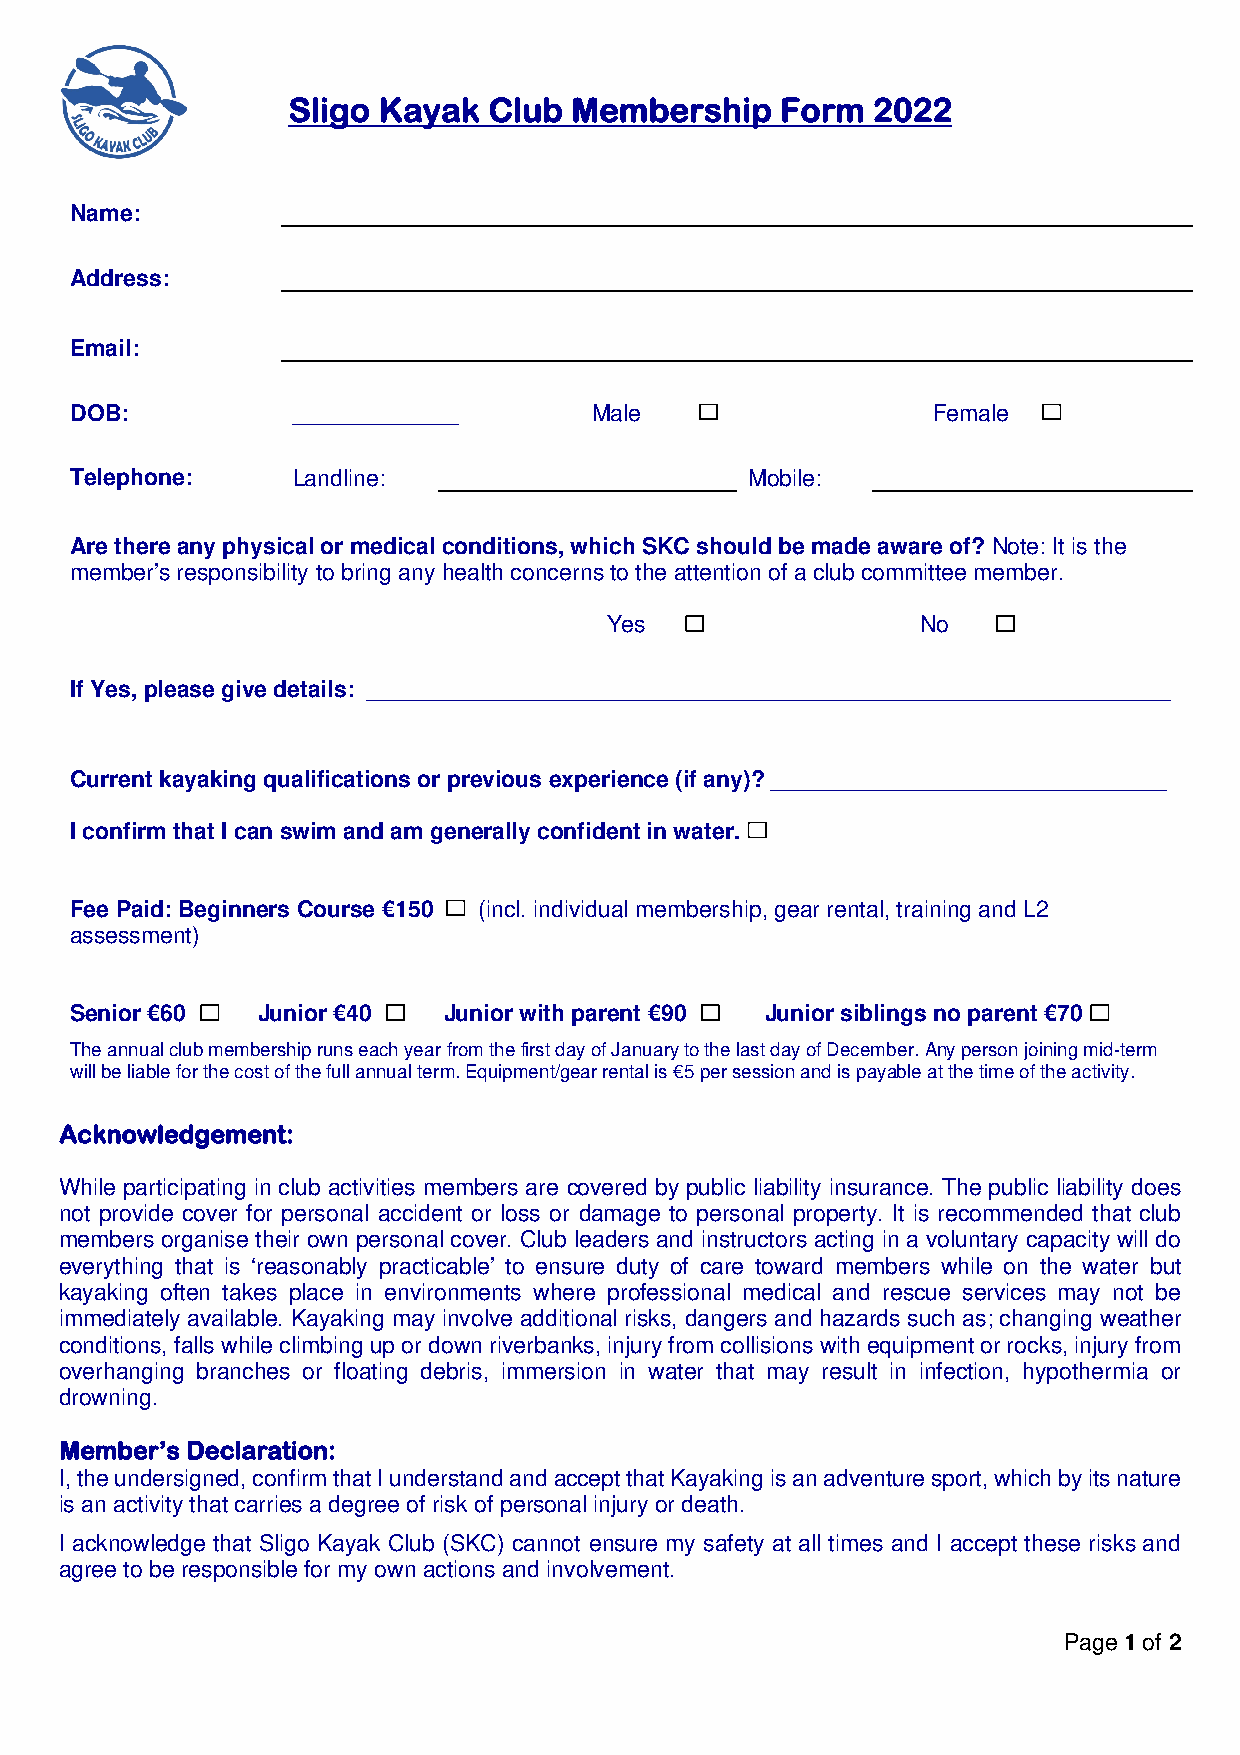
Sligo Kayak  Club  Membership    Form  2022
 Name:
 Address:
 Email:
 DOB:          _____________       Male                   Female
 Telephone:    Landline:                      Mobile:
 Are there any physical or medical conditions, which SKC should be made aware of? Note: It is the
 member’s responsibility to bring any health concerns to the attention of a club committee member.
 Yes                  No
 If Yes, please give details: _______________________________________________________________
 Current kayaking qualifications or previous experience (if any)? _______________________________
 I confirm that I can swim and am generally confident in water.
 Fee Paid: Beginners Course €150 (incl. individual membership, gear rental, training and L2
 assessment)
 Senior €60  Junior €40  Junior with parent €90 Junior siblings no parent €70
 The annual club membership runs each year from the first day of January to the last day of December. Any person joining mid-term
 will be liable for the cost of the full annual term. Equipment/gear rental is €5 per session and is payable at the time of the activity.
 Acknowledgement:
 While participating in club activities members are covered by public liability insurance. The public liability does
 not provide cover for personal accident or loss or damage to personal property. It is recommended that club
 members organise their own personal cover. Club leaders and instructors acting in a voluntary capacity will do
 everything that is ‘reasonably practicable’ to ensure duty of care toward members while on the water but
 kayaking often takes place in environments where professional medical and rescue services may not be
 immediately available. Kayaking may involve additional risks, dangers and hazards such as; changing weather
 conditions, falls while climbing up or down riverbanks, injury from collisions with equipment or rocks, injury from
 overhanging branches or floating debris, immersion in water that may result in infection, hypothermia or
 drowning.
 Member’s Declaration:
 I, the undersigned, confirm that I understand and accept that Kayaking is an adventure sport, which by its nature
 is an activity that carries a degree of risk of personal injury or death.
 I acknowledge that Sligo Kayak Club (SKC) cannot ensure my safety at all times and I accept these risks and
 agree to be responsible for my own actions and involvement.
 Page 1 of 2